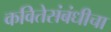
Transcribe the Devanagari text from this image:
कवितेसंबंधीचा